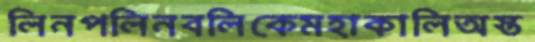
লিনপলিনবলিকেমহাকালিঅস্ত